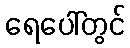
ရေပေါ်တွင်